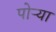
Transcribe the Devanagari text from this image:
पोऱ्या